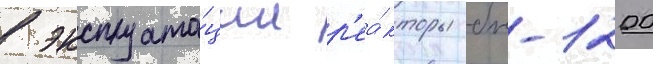
в эксплуата́ции р'еа́кторы бн-1200